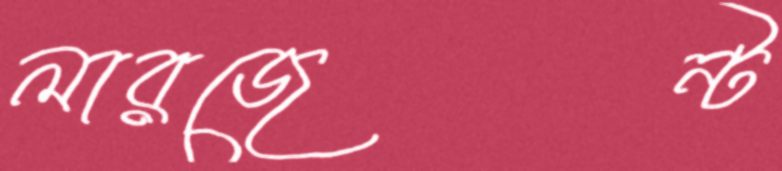
লারজেন্ট